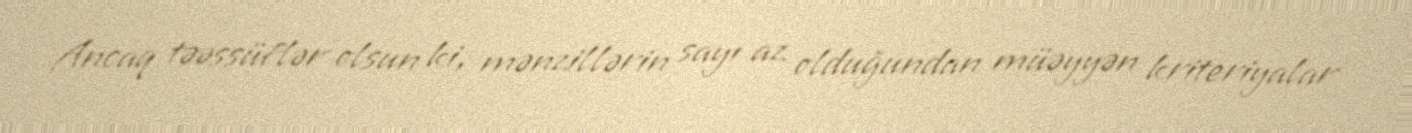
Ancaq təəssüflər olsun ki, mənzillərin sayı az olduğundan müəyyən kriteriyalar